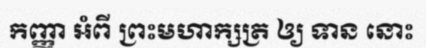
កញ្ញា អំពី ព្រះមហាក្សត្រ ឲ្យ ទាន នោះ